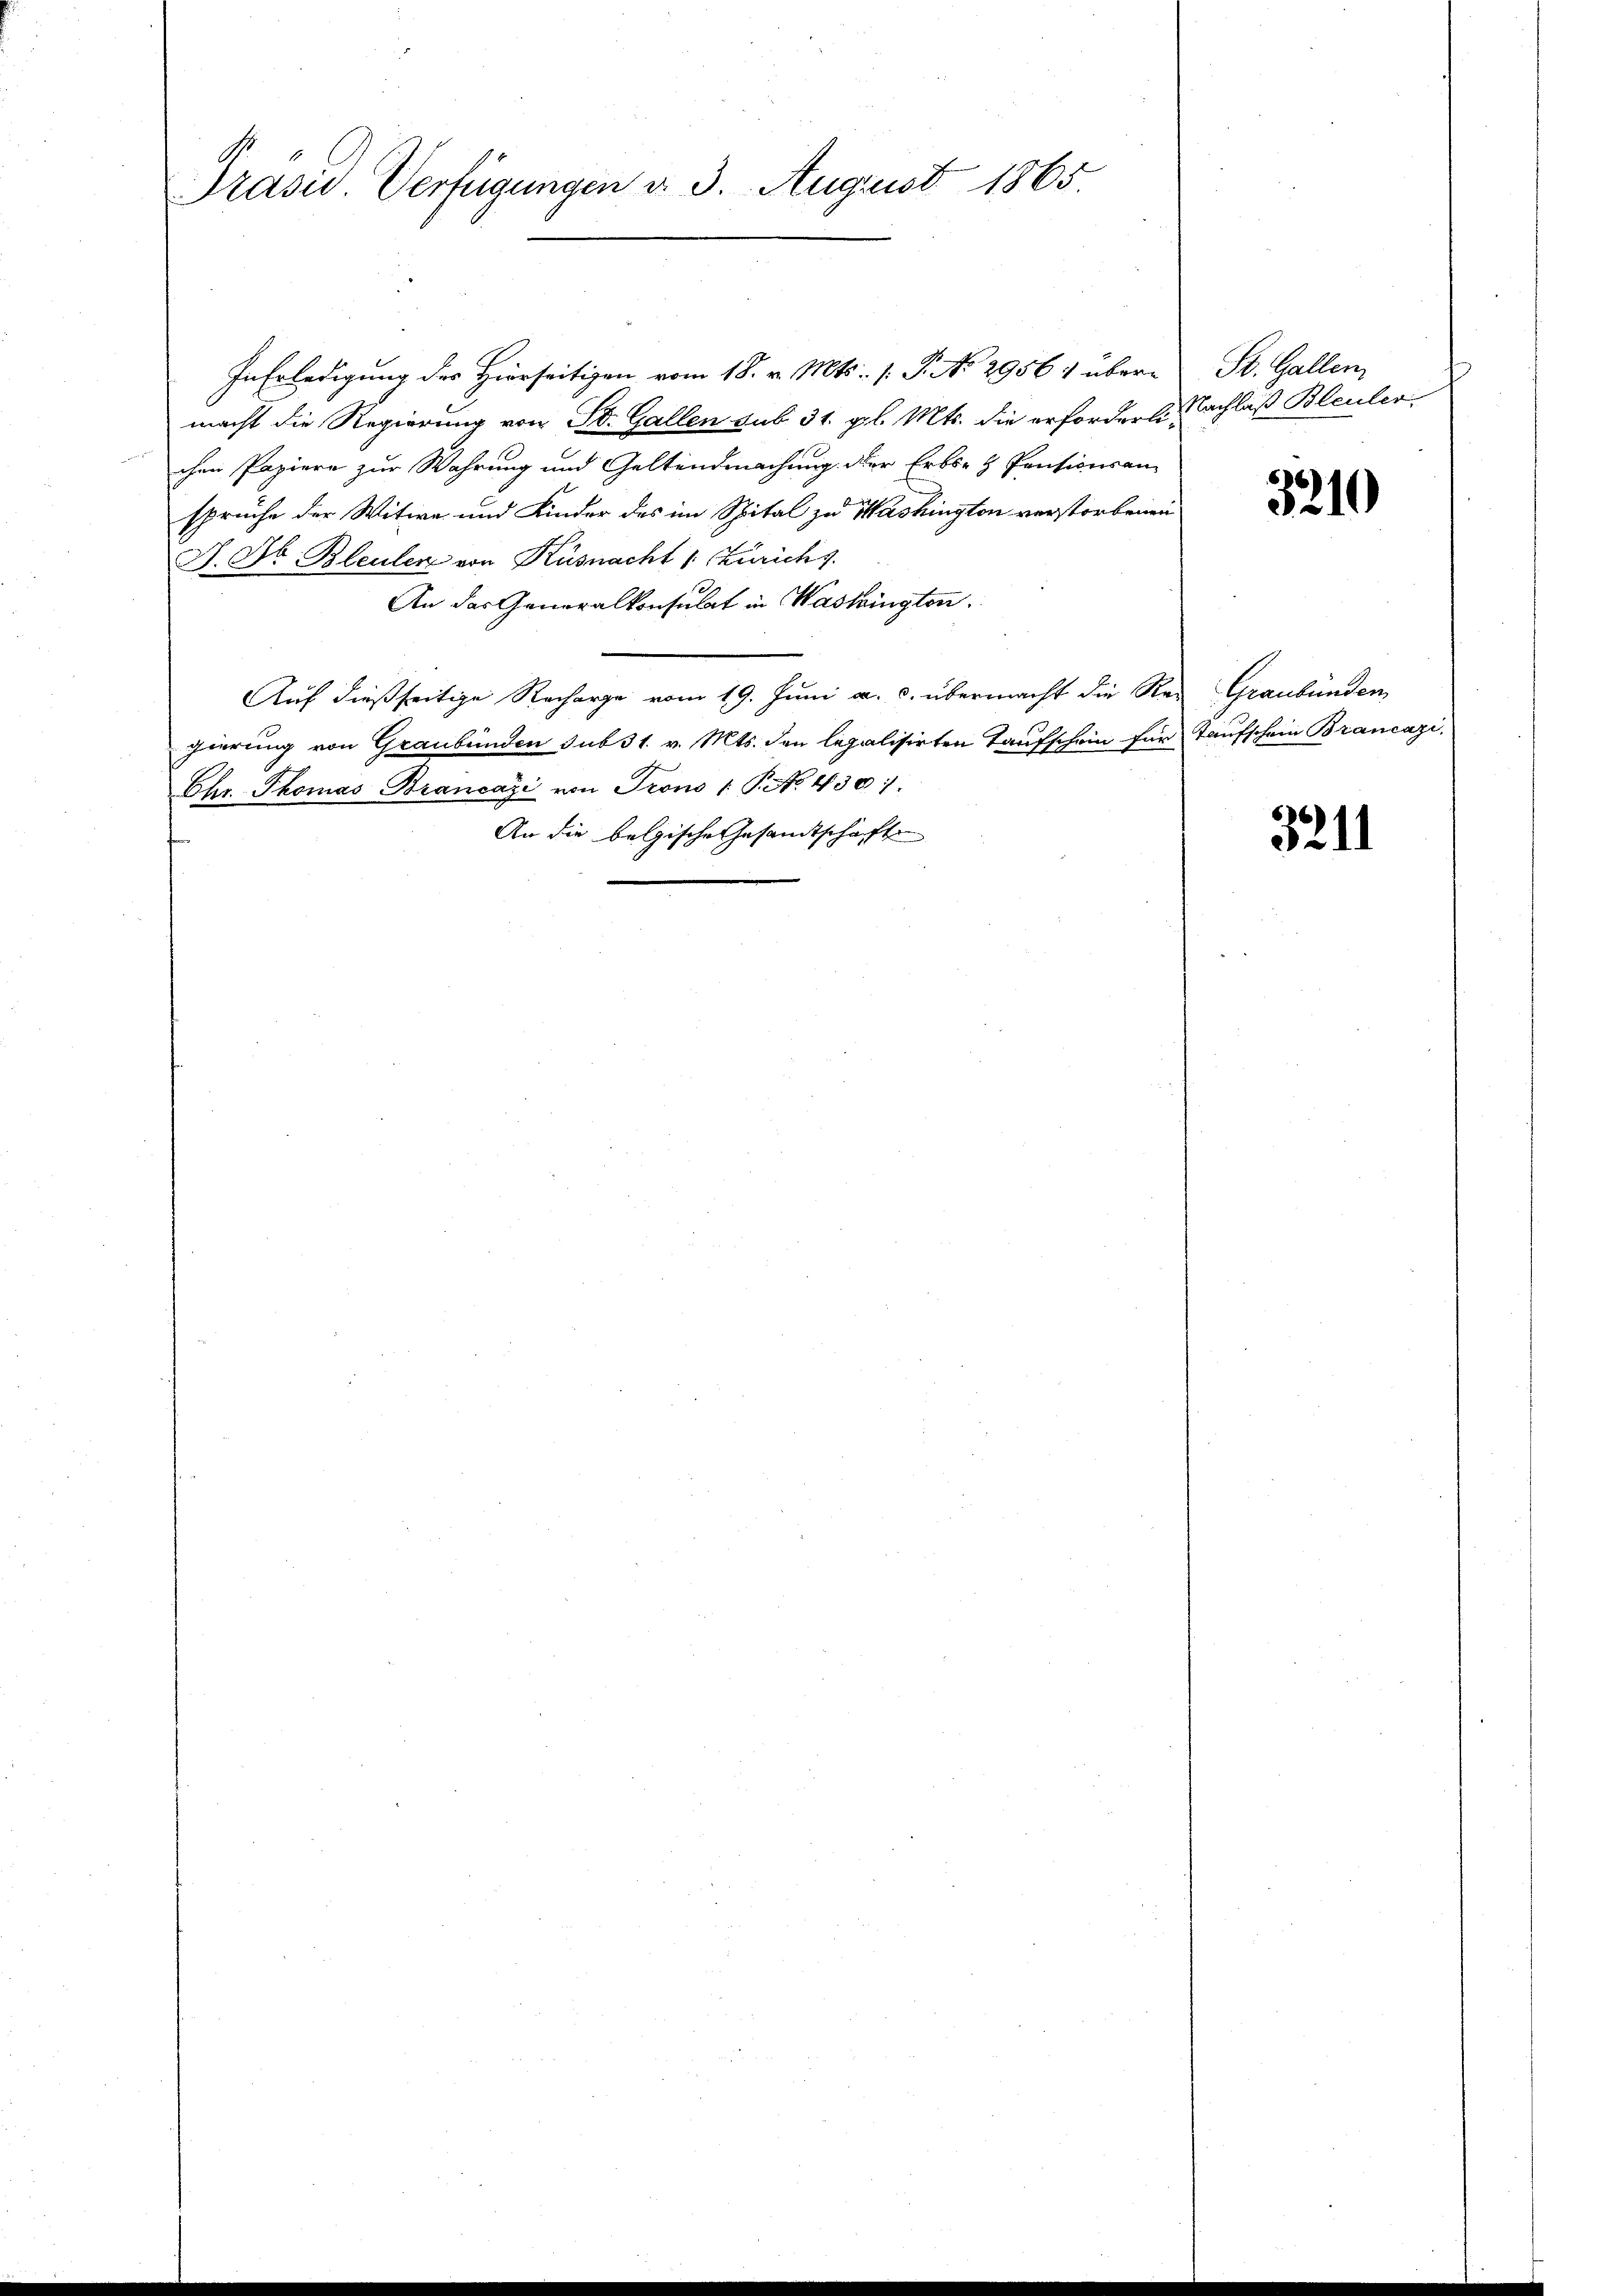
Prasur. Verfügungen d. 3. August 1865.

In Erledigung des Hierseitigen vom 18. v. Mts. s. P. No 2956 1 übermacht die Regierung von Dr. Gallen sub 31. gl. Mts. die erfordert Nachlaß Bleuler
chen Papiere zur Wahrung und Geltendmachung der Erbsent Pensionsansprüche der Witwe und Kinder des im Spital zu Washington verstorbenen
J. Dr. Bleuler von Küsnacht 1 Zürichs.
An das Generalkonsulat in Washingten.
Auf dießseitige Recharge vom 19. Juni a. c. übermacht die Rei Graubünden,
gierung von Graubünden sub 31. v. Mts. den legalisirten Taufschein für Taufschein Brancazi
Ehr. Thomas Brancazi von Trons (T. No 430.
An die belgische Gesandtschaften

St. Gallen

66
321)

3211